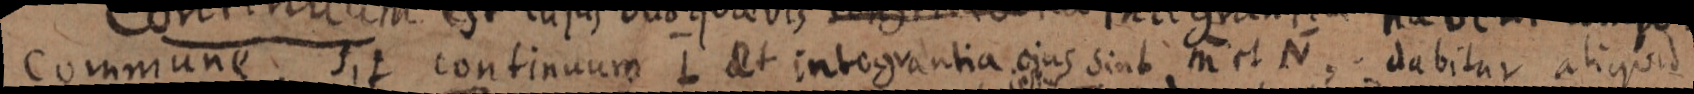
Commune sit continuum L et integrantia ejus sint M et N, dabitur aliquid